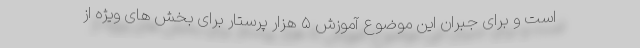
است و برای جبران این موضوع آموزش ۵ هزار پرستار برای بخش های ویژه از